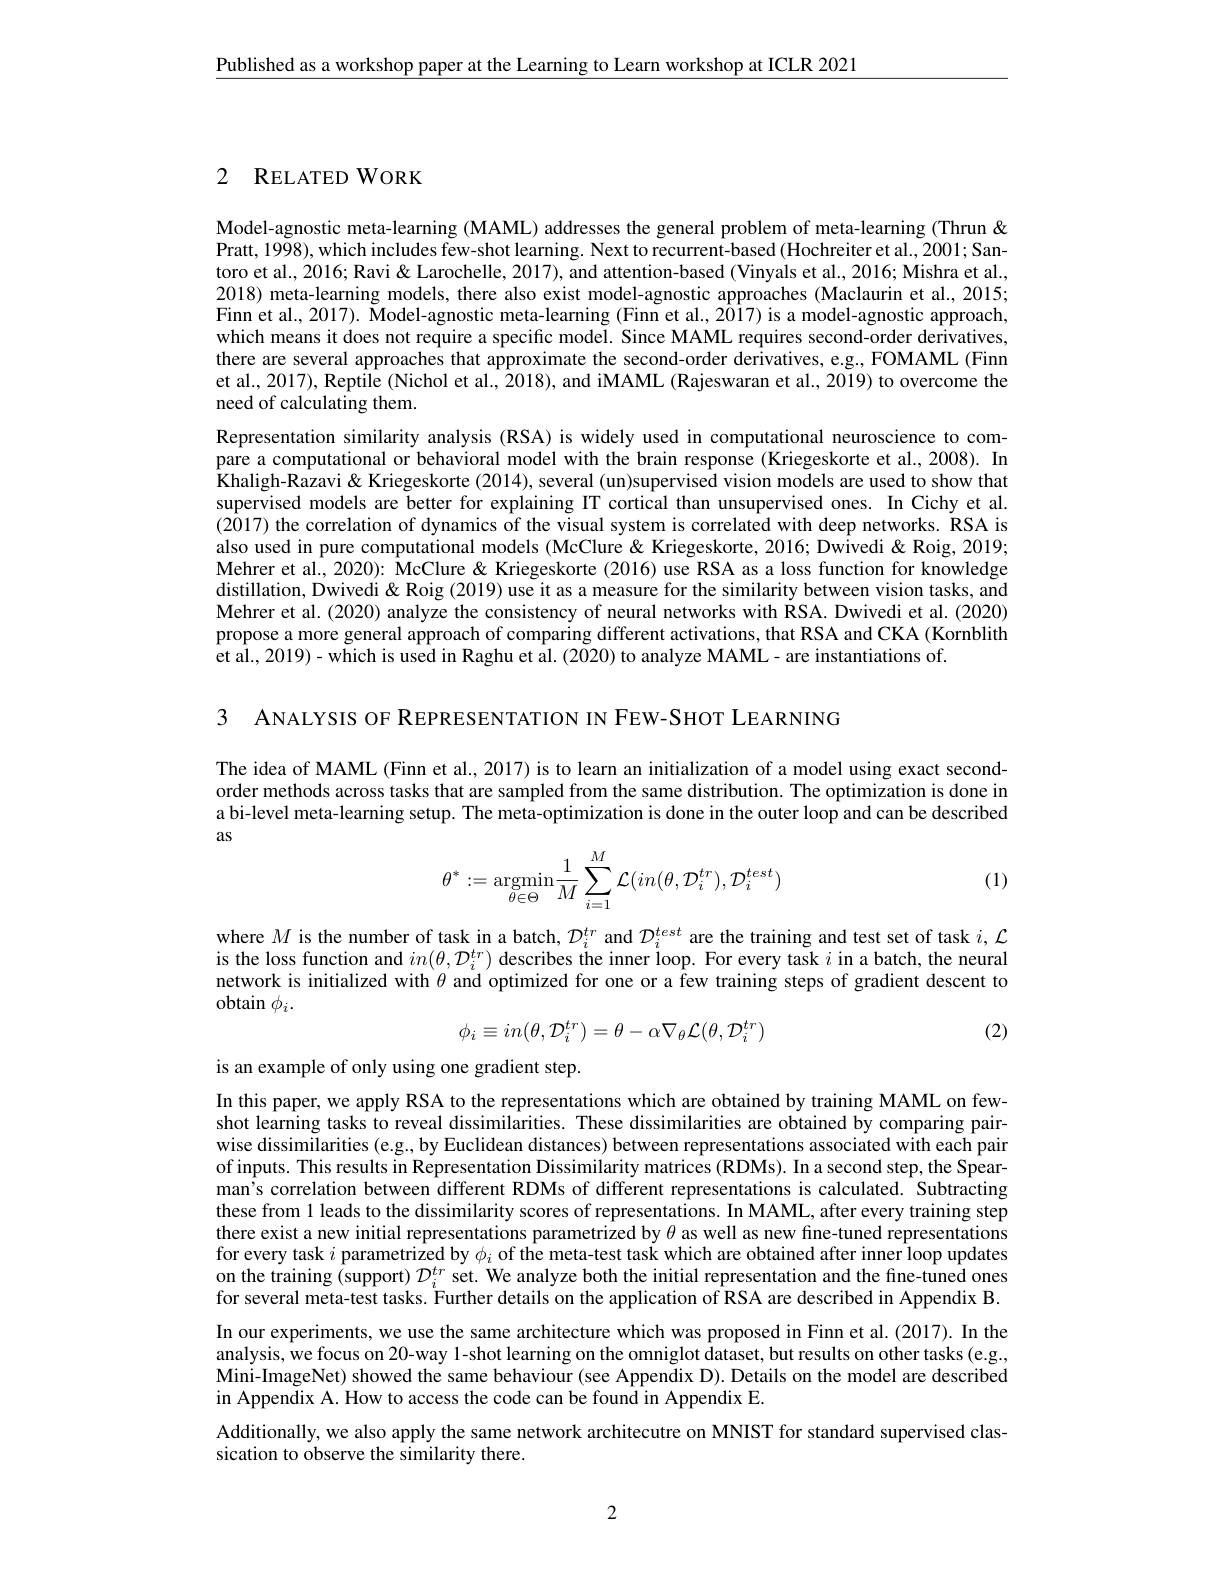
$\underline{\text{Published as a workshop paper at the Learning to Learn workshop at ICLR 2021}}$

2 RELATED WORK

Model-agnostic meta-learning (MAML) addresses the general problem of meta-learning (Thrun& Pratt, 1998), which includes few-shot learning. Next to recurrent-based (Hochreiter et al., 2001; Santoro et al., 2016; Ravi & Larochelle, 2017), and attention-based (Vinyals et al., 2016; Mishra et al., 2018) meta-learning models, there also exist model-agnostic approaches (Maclaurin et al., 2015; Finn et al., 2017). Model-agnostic meta-learning (Finn et al., 2017) is a model-agnostic approach, which means it does not require a specific model. Since MAML requires second-order derivatives, there are several approaches that approximate the second-order derivatives, e.g., FOMAML (Finn et al., 2017), Reptile (Nichol et al., 2018), and iMAML (Rajeswaran et al., 2019) to overcome the need of calculating them.
Representation similarity analysis (RSA) is widely used in computational neuroscience to compare a computational or behavioral model with the brain response (Kriegeskorte et al., 2008). In Khaligh-Razavi& Kriegeskorte (2014), several (un)supervised vision models are used to show that supervised models are better for explaining IT cortical than unsupervised ones. In Cichy et al. (2017) the correlation of dynamics $\hat{\text{of the visual system is correlated with deep networks. RSA is}}$ also used in pure computational models (McClure & Kriegeskorte, 2016; Dwivedi & Roig, 2019; Mehrer et al., 2020): McClure& Kriegeskorte (2016) use RSA as a loss function for knowledge distillation, Dwivedi& Roig (2019) use it as a measure for the similarity between vision tasks, and Mehrer et al. (2020) analyze the consistency of neural networks with RSA. Dwivedi et al. (2020) propose a more general approach of comparing different activations, that RSA and CKA (Kornblith et al., 2019)- which is used in Raghu et al. (2020) to analyze MAML- are instantiations of.

3 ANALYSIS OF REPRESENTATION IN FEW-SHOT LEARNING

The idea of MAML (Finn et al., 2017) is to learn an initialization of a model using exact secondorder methods across tasks that are sampled from the same distribution. The optimization is done in a bi-level meta-learning setup. The meta-optimization is done in the outer loop and can be described as
$$\theta^*:=\underset{\theta\in\Theta}{\text{argmin}}\frac{1}{M}\sum_{i=1}^M\mathcal{L}(in(\theta,\mathcal{D}_i^{tr}),\mathcal{D}_i^{test})$$
(1)

where $M$ is the number of task in a batch, $\mathcal{D}_i^{tr}$ and $\mathcal{D}_i^{test}$ are the training and test set of task $i,\mathcal{L}$ is the loss function and $in(\theta,\mathcal{D}_i^{tr})$ describes the inner loop. For every tašk $i$ in a batch, the neural network is initialized with $\theta$ and optimized for one or a few training steps of gradient descent to obtain $\phi_i.$
$$\phi_{i}\equiv in(\theta,\mathcal{D}_{i}^{tr})=\theta-\alpha\nabla_{\theta}\mathcal{L}(\theta,\mathcal{D}_{i}^{tr})$$
(2)

is an example of only using one gradient step.

In this paper, we apply RSA to the representations which are obtained by training MAML on fewshot learning tasks to reveal dissimilarities. These dissimilarities are obtained by comparing pairwise dissimilarities (e.g.,by Euclidean distances) between representations associated with each pair of inputs. This results in Representation Dissimilarity matrices (RDMs). In a second step, the Spearman's correlation between different RDMs of different representations is calculated. Subtracting these from l leads to the dissimilarity scores of representations. In MAML, after every training step there exist a new initial representations parametrized by $\theta$ as well as new fine-tuned representations for every task $i$ parametrized by $\phi_i$ of the meta-test task which are obtained after inner loop updates on the training (support) $\mathcal{D}_i^{tr}$ set. We analyze both the initial representation and the fine-tuned ones for several meta-test tasks. Further details on the application of RSA are described in Appendix B. In our experiments, we use the same architecture which was proposed in Finn et al.(2017). In the analysis, we focus on 20-way 1-shot learning on the omniglot dataset, but results on other tasks (e.g., Mini-ImageNet) showed the same behaviour (see Appendix D). Details on the model are described in Appendix A. How to access the code can be found in Appendix E.
Additionally, we also apply the same network architecutre on MNIST for standard supervised clas-
sication to observe the similarity there.

2